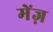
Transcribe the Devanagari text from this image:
मेंज़